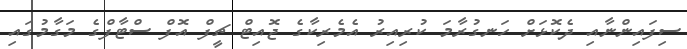
ސިފައިންނާއި ދެކޮޅަށް ހަނގުރާމަ ކުރިއިރު އެމެރިކާގެ ޖޮއިޓް ޗީފް އޮފް ސްޓާފްގެ މަގާމުގައި